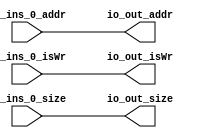
module MuxN_1(
  input  [63:0] io_ins_0_addr,
  input         io_ins_0_isWr,
  input  [15:0] io_ins_0_size,
  output [63:0] io_out_addr,
  output        io_out_isWr,
  output [15:0] io_out_size
);
  assign io_out_addr = io_ins_0_addr;
  assign io_out_isWr = io_ins_0_isWr;
  assign io_out_size = io_ins_0_size;
endmodule